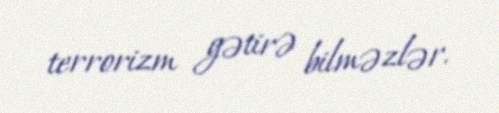
terrorizm gətirə bilməzlər.